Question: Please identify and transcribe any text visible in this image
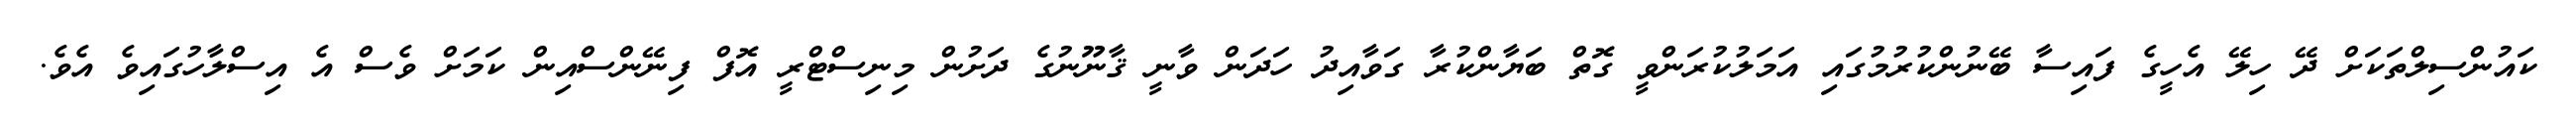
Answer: ކައުންސިލްތަކަށް ދޭ ހިލޭ އެހީގެ ފައިސާ ބޭނުންކުރުމުގައި އަމަލުކުރަންވީ ގޮތް ބަޔާންކުރާ ގަވާއިދު ހަދަން ވާނީ ޤާނޫނުގެ ދަށުން މިނިސްޓްރީ އޮފް ފިނޭންސްއިން ކަމަށް ވެސް އެ އިސްލާހުގައިވެ އެވެ.